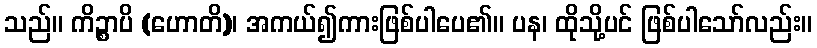
သည်။ ကိဉ္စာပိ (ဟောတိ)၊ အကယ်၍ကားဖြစ်ပါပေ၏။ ပန၊ ထိုသို့ပင် ဖြစ်ပါသော်လည်း။